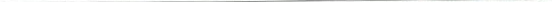
___